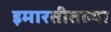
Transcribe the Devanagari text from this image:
इमारतीतल्या